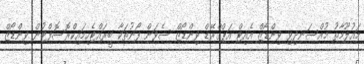
މައުލޫމާތު މުއްސަނދިވި ވިންޑޯޒް އެއިޓް އަޕްގްރޭޑް ވިންޑޯޒް ސެވަން ފޯނުތަކާ ބީރައްޓެހިމައިކްރޮސޮފްޓުން ވިންޑޯޒް